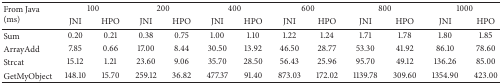
<table><thead><tr><td rowspan="2"><b>From Java (ms)</b></td><td colspan="2"><b>100</b></td><td colspan="2"><b>200</b></td><td colspan="2"><b>400</b></td><td colspan="2"><b>600</b></td><td colspan="2"><b>800</b></td><td colspan="2"><b>1000</b></td></tr><tr><td><b>JNI</b></td><td><b>HPO</b></td><td><b>JNI</b></td><td><b>HPO</b></td><td><b>JNI</b></td><td><b>HPO</b></td><td><b>JNI</b></td><td><b>HPO</b></td><td><b>JNI</b></td><td><b>HPO</b></td><td><b>JNI</b></td><td><b>HPO</b></td></tr></thead><tbody><tr><td>Sum</td><td>0.20</td><td>0.21</td><td>0.38</td><td>0.75</td><td>1.00</td><td>1.10</td><td>1.22</td><td>1.24</td><td>1.71</td><td>1.78</td><td>1.80</td><td>1.85</td></tr><tr><td>ArrayAdd</td><td>7.85</td><td>0.66</td><td>17.00</td><td>8.44</td><td>30.50</td><td>13.92</td><td>46.50</td><td>28.77</td><td>53.30</td><td>41.92</td><td>86.10</td><td>78.60</td></tr><tr><td>Strcat</td><td>15.12</td><td>1.21</td><td>23.60</td><td>9.06</td><td>35.70</td><td>28.50</td><td>56.43</td><td>25.96</td><td>95.70</td><td>49.12</td><td>136.26</td><td>85.00</td></tr><tr><td>GetMyObject</td><td>148.10</td><td>15.70</td><td>259.12</td><td>36.82</td><td>477.37</td><td>91.40</td><td>873.03</td><td>172.02</td><td>1139.78</td><td>309.60</td><td>1354.90</td><td>423.00</td></tr></tbody></table>